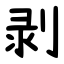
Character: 剥